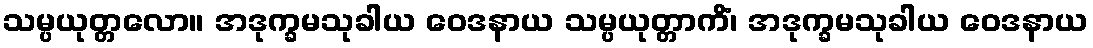
သမ္ပယုတ္တလော။ အဒုက္ခမသုခါယ ဝေဒနာယ သမ္ပယုတ္တာကိံ၊ အဒုက္ခမသုခါယ ဝေဒနာယ